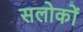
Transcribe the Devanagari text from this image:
सलोकों